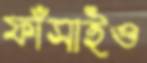
ফাঁসাইও